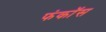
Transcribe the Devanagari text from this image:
फंकॉस